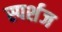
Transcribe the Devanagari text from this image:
स्पर्शज